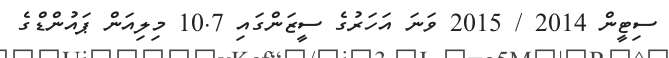
ސިޓީން 2014 / 2015 ވަނަ އަހަރުގެ ސީޒަންގައި 10.7 މިލިއަން ޕައުންޑްގެ